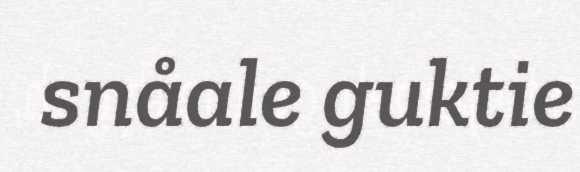
snåale guktie